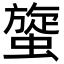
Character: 䗠